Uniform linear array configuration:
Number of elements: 32
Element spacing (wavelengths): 1
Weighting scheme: uniform
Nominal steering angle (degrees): -60
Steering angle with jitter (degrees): -60.316
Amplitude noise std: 0.05
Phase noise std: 0.05

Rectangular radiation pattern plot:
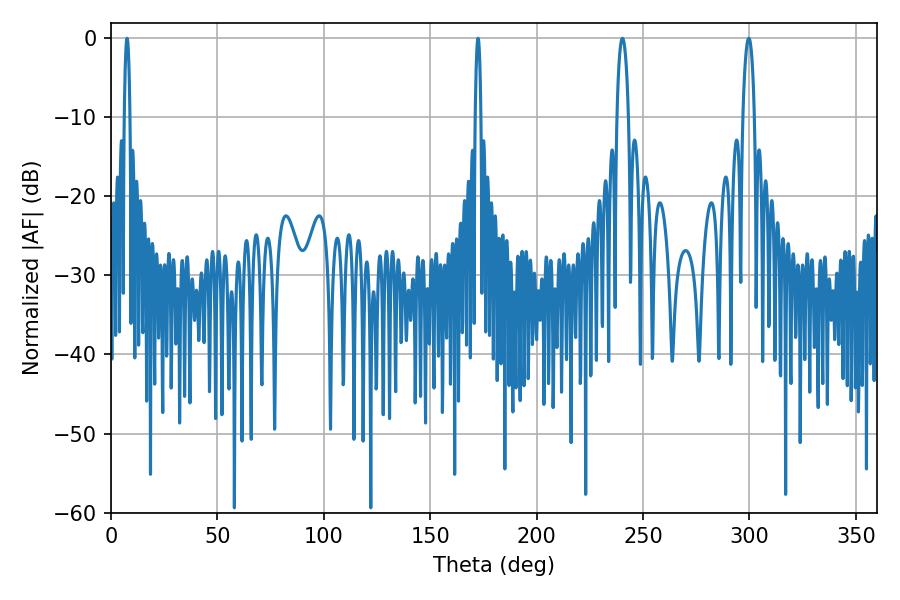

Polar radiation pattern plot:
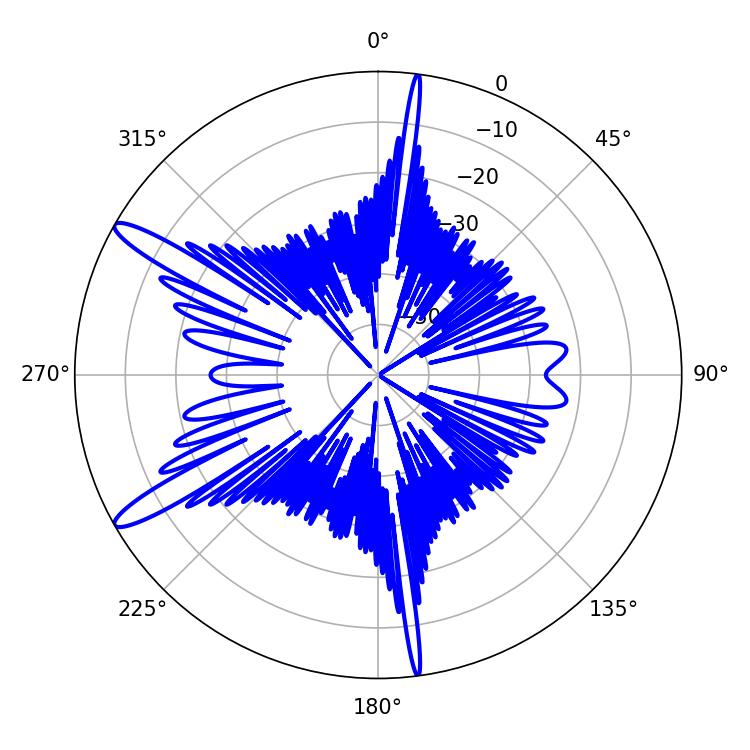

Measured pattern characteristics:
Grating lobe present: TRUE
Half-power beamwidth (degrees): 3.06
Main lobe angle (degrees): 240.3